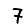
Digit: 7